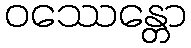
ဝဿေန္တော